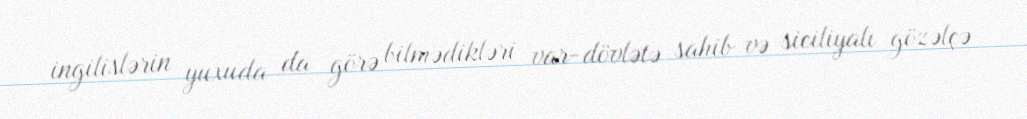
ingilislərin yuxuda da görə bilmədikləri var-dövlətə sahib və siciliyalı gözəlçə